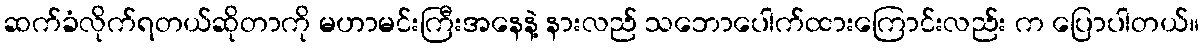
ဆက်ခံလိုက်ရတယ်ဆိုတာကို မဟာမင်းကြီးအနေနဲ့ နားလည် သဘောပေါက်ထားကြောင်းလည်း က ပြောပါတယ်။